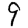
Digit: 9